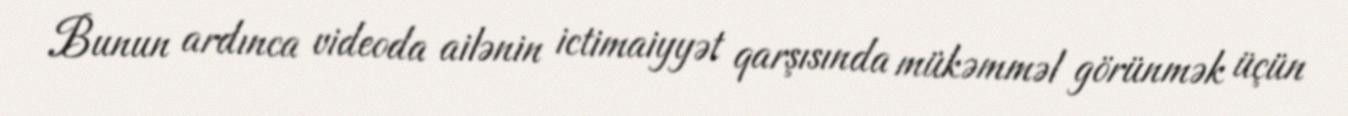
Bunun ardınca videoda ailənin ictimaiyyət qarşısında mükəmməl görünmək üçün